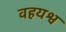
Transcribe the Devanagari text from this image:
वहयश्व